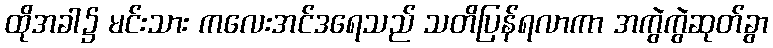
ထိုအခါ၌ မင်းသား ကလေးအင်ဒရေသည် သတိပြန်ရလာကာ အကွဲကွဲဆုတ်ခွာ